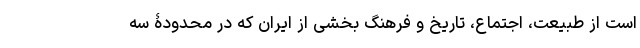
است از طبیعت، اجتماع، تاریخ و فرهنگِ بخشی از ایران که در محدودۀ سه